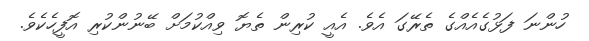
ހުންނަ ފަޅުގެއެއްގެ ތެރޭގަ އެވެ. އެއީ ކުރިން ތެޔޮ ވިއްކުމަށް ބޭނުންކުރި އޮފީހެކެވެ.